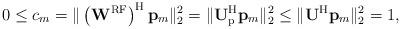
LaTeX: \begin{align*}0 \leq c_m = \| \left(\mathbf{W}^{\mathrm{RF}}\right)^{\mathrm{H}} \mathbf{p}_m\|^2_2 = \|\mathbf{U}_\mathrm{p}^{\mathrm{H}} \mathbf{p}_m\|^2_2 \leq \|\mathbf{U}^\mathrm{H} \mathbf{p}_m\|^2_2 = 1,\end{align*}